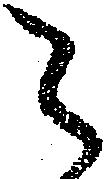
之